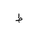
Letter: _da